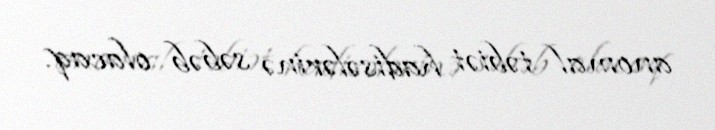
anomal təbiət hadisələrinə səbəb olacaq.